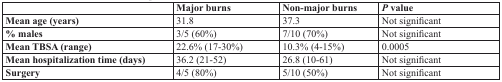
<table><thead><tr><td>[EMPTY_CELL]</td><td><b>Major burns</b></td><td><b>Non-major burns</b></td><td><b><i>P</i> value</b></td></tr></thead><tbody><tr><td><b>Mean age (years)</b></td><td>31.8</td><td>37.3</td><td>Not significant</td></tr><tr><td><b>% males</b></td><td>3/5 (60%)</td><td>7/10 (70%)</td><td>Not significant</td></tr><tr><td><b>Mean TBSA (range)</b></td><td>22.6% (17-30%)</td><td>10.3% (4-15%)</td><td>0.0005</td></tr><tr><td><b>Mean hospitalization time (days)</b></td><td>36.2 (21-52)</td><td>26.8 (10-61)</td><td>Not significant</td></tr><tr><td><b>Surgery</b></td><td>4/5 (80%)</td><td>5/10 (50%)</td><td>Not significant</td></tr></tbody></table>